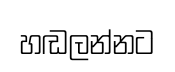
හඬලන්නට